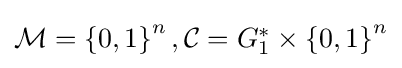
\textstyle {\mathcal {M}}=\left\{0,1\right\}^{n},{\mathcal {C}}=G_{1}^{*}\times \left\{0,1\right\}^{n}